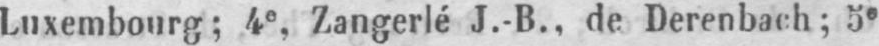
Luxembourg; 4e Zangerlé J.-B., de Derenbach; 5e